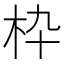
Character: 枠